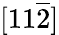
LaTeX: [11\overline{{2}}]